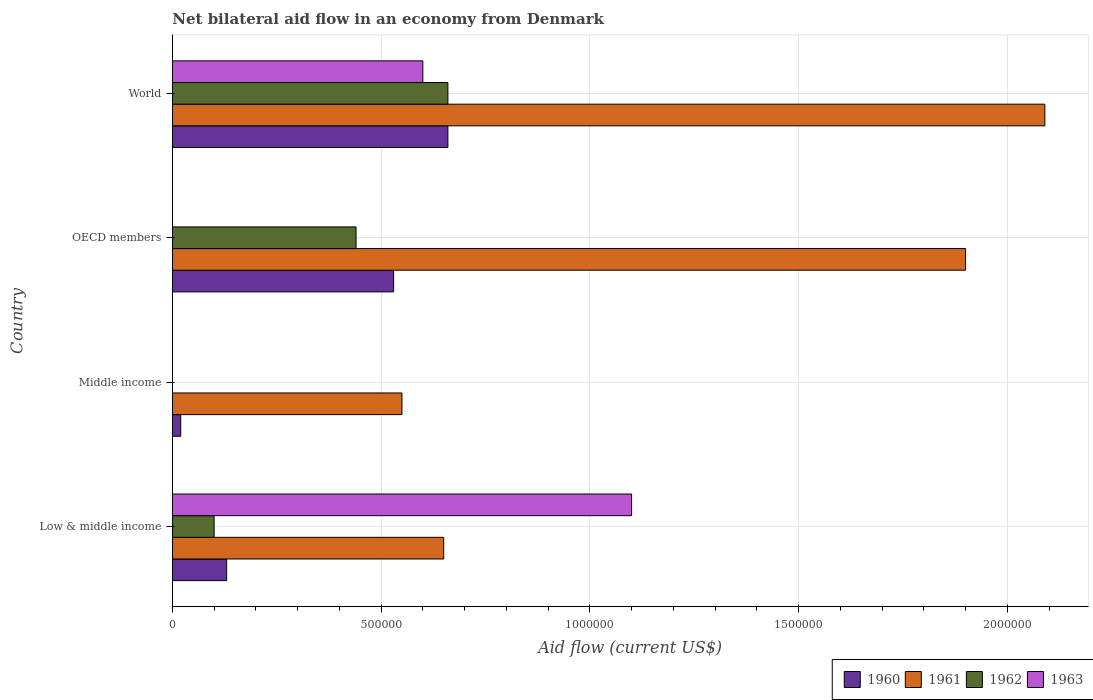
| Country | 1960 | 1961 | 1962 | 1963 |
 | --- | --- | --- | --- | --- |
 | Low & middle income | 1.3e+05 | 6.5e+05 | 1e+05 | 1.1e+06 |
 | Middle income | 2e+04 | 5.5e+05 | -1.2e+05 | -1e+05 |
 | OECD members | 5.3e+05 | 1.9e+06 | 4.4e+05 | -6e+05 |
 | World | 6.6e+05 | 2.09e+06 | 6.6e+05 | 6e+05 |